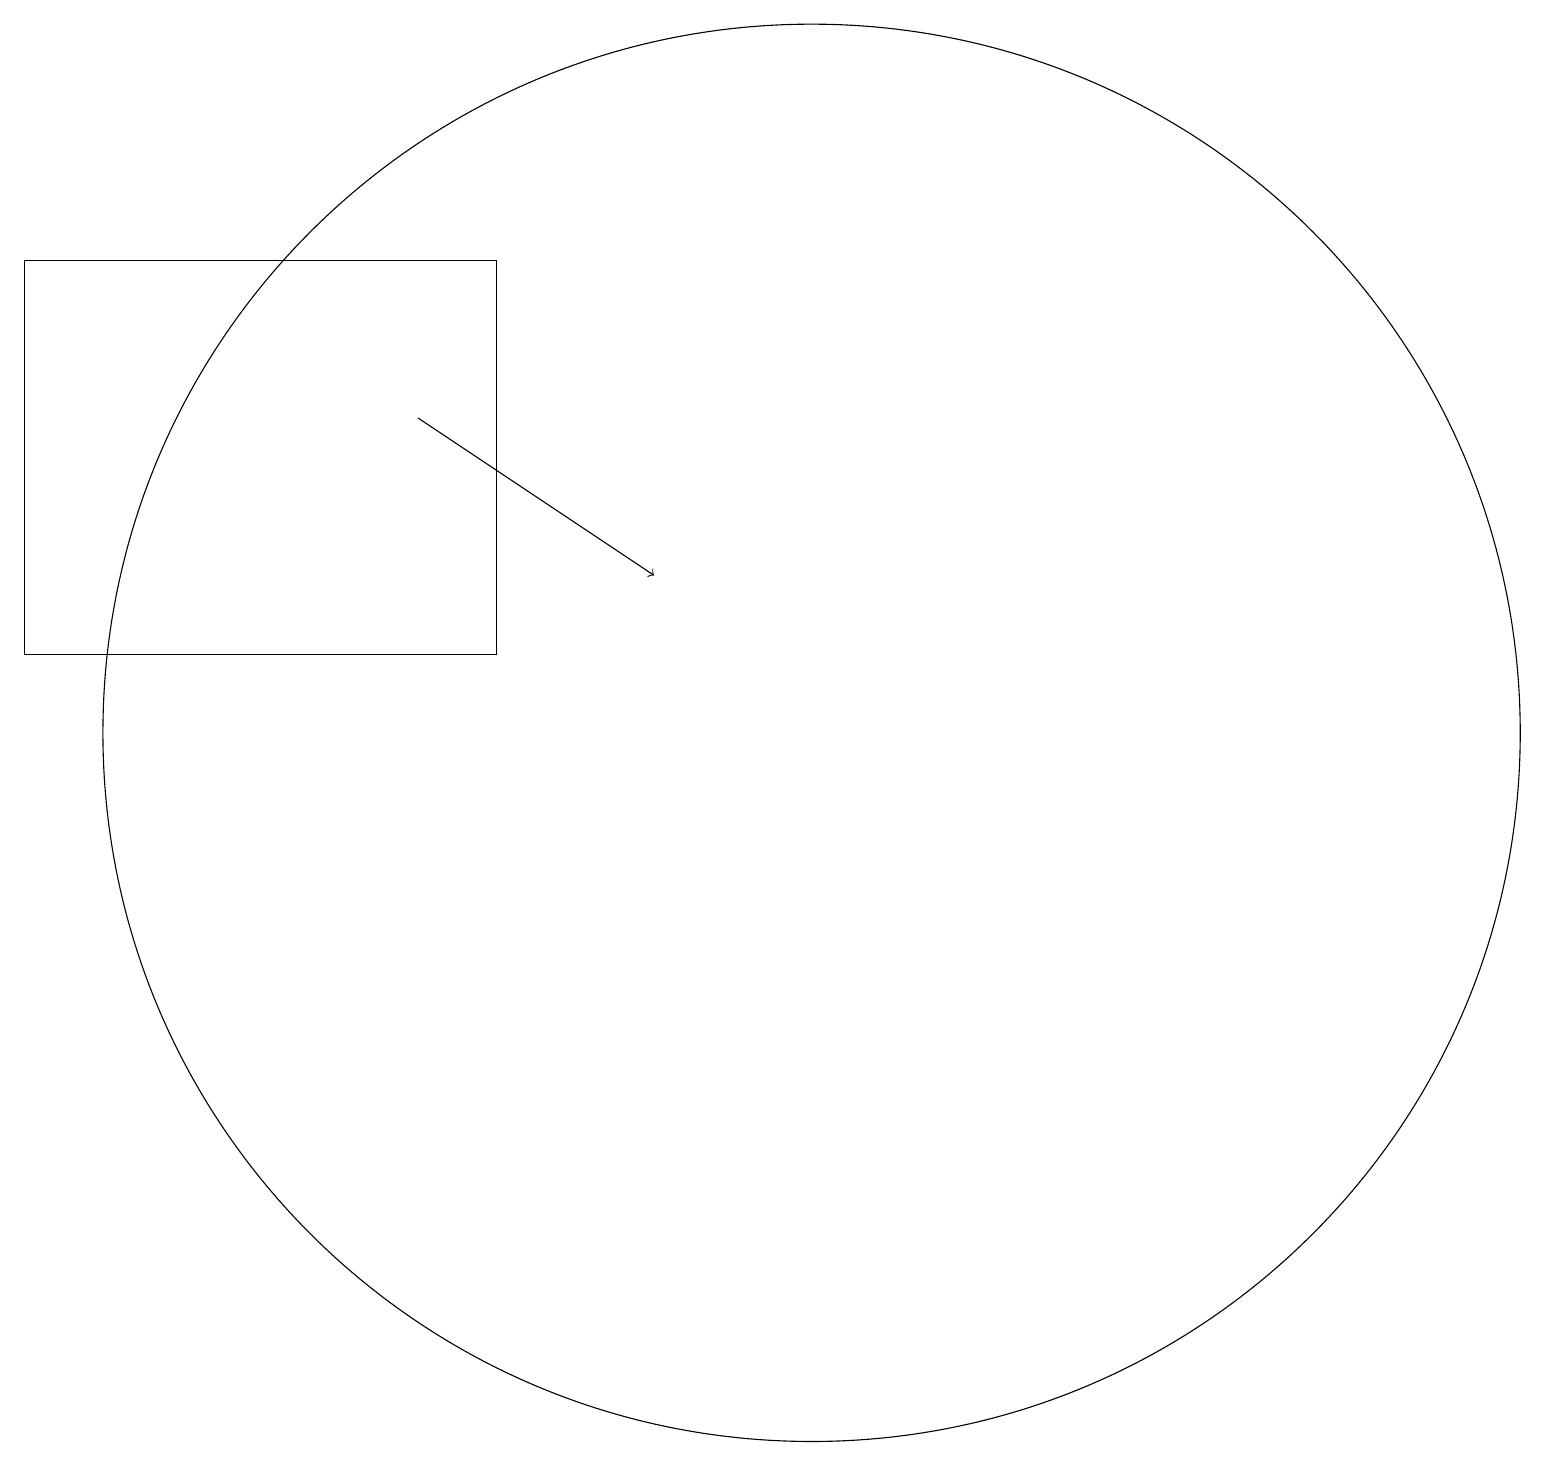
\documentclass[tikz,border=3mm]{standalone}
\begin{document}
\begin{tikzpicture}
\draw (10,11) circle (9);
\draw[->] (5,15) -- (8,13);
\draw (0,17) rectangle (6,12);
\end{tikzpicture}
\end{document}